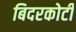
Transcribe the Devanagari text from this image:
बिदरकोटी